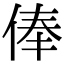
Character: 俸